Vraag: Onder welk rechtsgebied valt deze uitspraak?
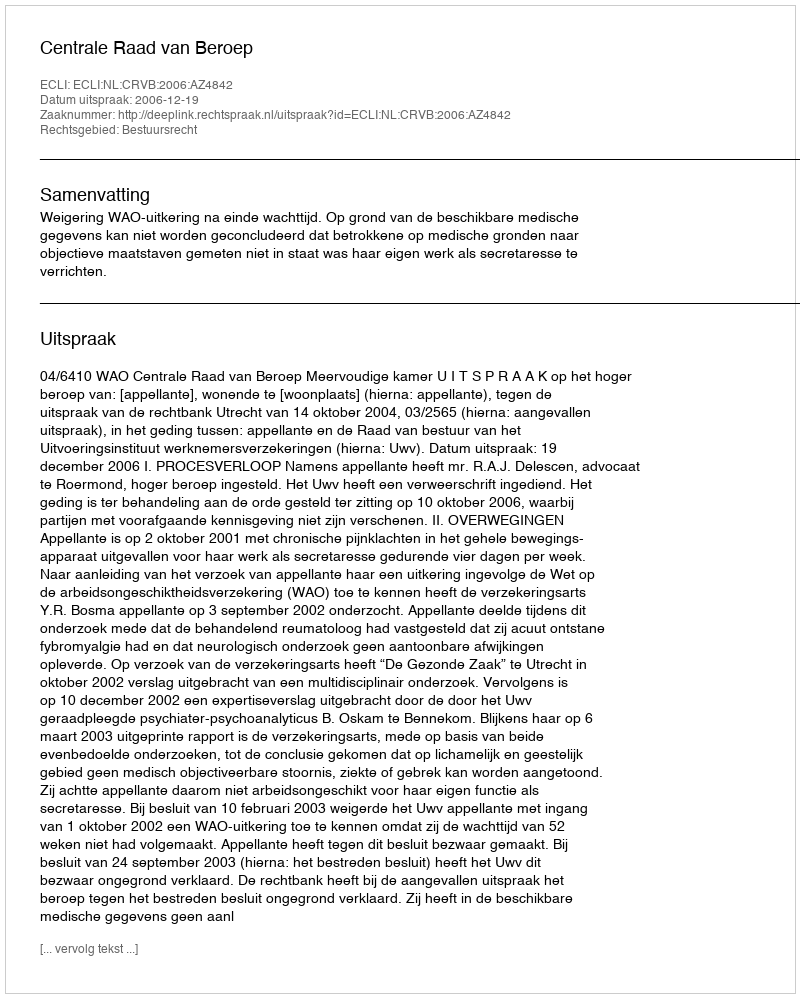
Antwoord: Bestuursrecht